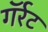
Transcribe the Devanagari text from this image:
गॅर्रट